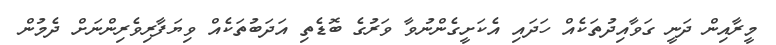
މީރާއިން ދަނީ ގަވާއިދުތަކެއް ހަދައި އެކަށީގެންނުވާ ވަރުގެ ބޮޑެތި އަދަބުތަކެއް ވިޔަފާރިވެރިންނަށް ދެމުން